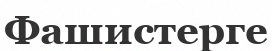
Фашистерге